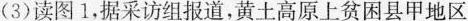
(3)读图1，据采访组报道，黄土高原上贫困县甲地区